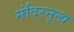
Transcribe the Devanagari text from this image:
मंदिरनृत्य